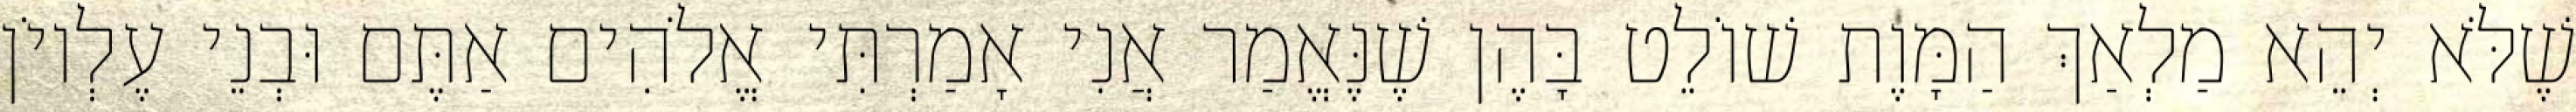
שֶׁלֹּא יְהֵא מַלְאַךְ הַמָּוֶת שׁוֹלֵט בָּהֶן שֶׁנֶּאֱמַר אֲנִי אָמַרְתִּי אֱלֹהִים אַתֶּם וּבְנֵי עֶלְיוֹן